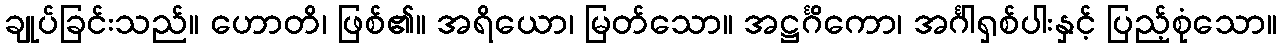
ချုပ်ခြင်းသည်။ ဟောတိ၊ ဖြစ်၏။ အရိယော၊ မြတ်သော။ အဋ္ဌင်္ဂိကော၊ အင်္ဂါရှစ်ပါးနှင့် ပြည့်စုံသော။